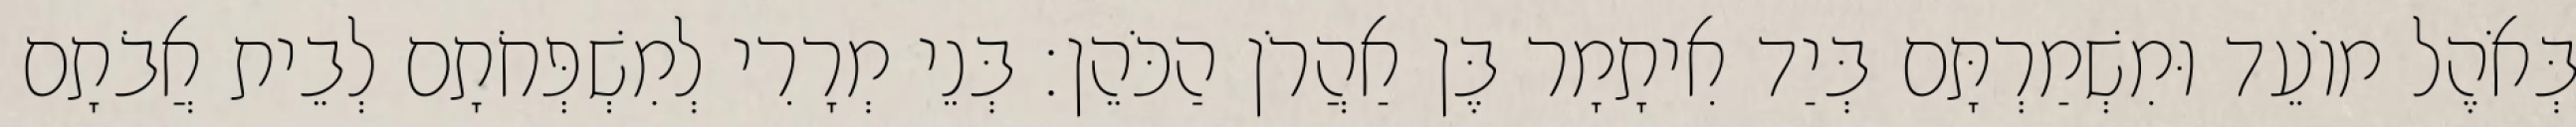
בְּאֹהֶל מוֹעֵד וּמִשְׁמַרְתָּם בְּיַד אִיתָמָר בֶּן אַהֲרֹן הַכֹּהֵן׃ בְּנֵי מְרָרִי לְמִשְׁפְּחֹתָם לְבֵית אֲבֹתָם